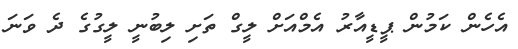
އެހެން ކަމުން ޕީޑީއާރު އެމްއަށް ލީގް ތަށި ލިބުނީ ލީގުގެ ދެ ވަނަ